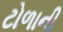
ટોળાની